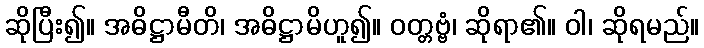
ဆိုပြီး၍။ အဓိဋ္ဌာမီတိ၊ အဓိဋ္ဌာမိဟူ၍။ ဝတ္တဗ္ဗံ၊ ဆိုရာ၏။ ဝါ၊ ဆိုရမည်။